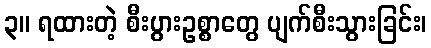
၃။ ရထားတဲ့ စီးပွားဥစ္စာတွေ ပျက်စီးသွားခြင်း၊